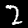
Digit: 2